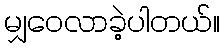
မျှဝေလာခဲ့ပါတယ်။